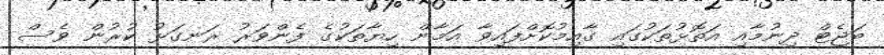
ބަޖެޓް ދިނުމާއި އަތޮޅުތަކުގައި ގާއިމުކޮށްފައިވާ އަމާން ހިޔާތަކުގެ ފެންވަރު ރަނގަޅު ކުރުން ވެސް